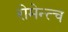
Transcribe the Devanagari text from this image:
रोमेन्त्च